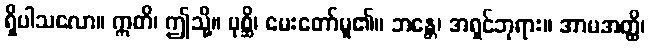
ရှိပါသလော။ ဣတိ၊ ဤသို့။ ပုစ္ဆိ၊ မေးတော်မူ၏။ ဘန္တေ၊ အရှင်ဘုရား။ အာမအတ္ထိ၊